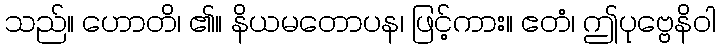
သည်။ ဟောတိ၊ ၏။ နိယမတောပန၊ ဖြင့်ကား။ ဧတံ၊ ဤပုဗ္ဗေနိဝါ